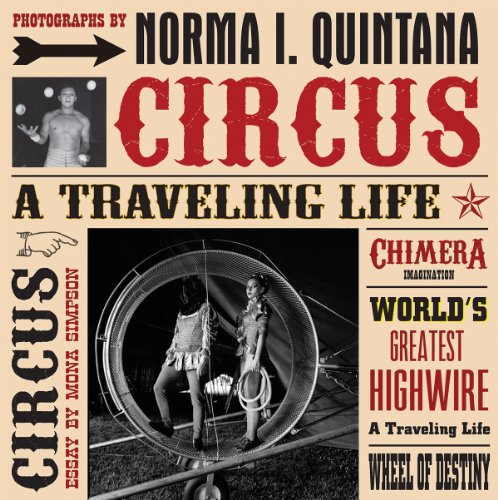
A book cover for Norma I. Quintana: Circus: A Traveling Life; Arts & Photography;